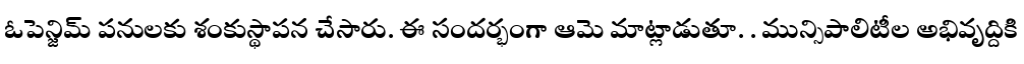
ఓపెన్జిమ్ పనులకు శంకుస్థాపన చేసారు. ఈ సందర్భంగా ఆమె మాట్లాడుతూ. . మున్సిపాలిటీల అభివృద్దికి